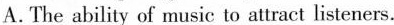
A. The ability of music to attract listeners.